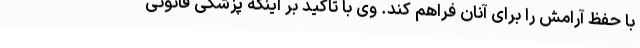
با حفظ آرامش را برای آنان فراهم کند. وی با تاکید بر اینکه پزشکی قانونی